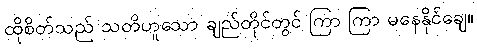
ထိုစိတ်သည် သတိဟူသော ချည်တိုင်တွင် ကြာ ကြာ မနေနိုင်ချေ။